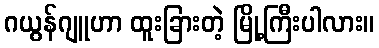
ဂယွန်ဂျူဟာ ထူးခြားတဲ့ မြို့ကြီးပါလား။